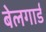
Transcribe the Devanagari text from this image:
बेलगार्ड